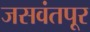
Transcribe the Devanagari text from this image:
जसवंतपूर